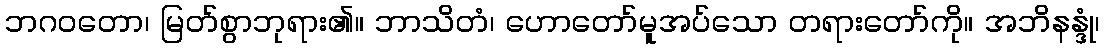
ဘဂဝတော၊ မြတ်စွာဘုရား၏။ ဘာသိတံ၊ ဟောတော်မူအပ်သော တရားတော်ကို။ အဘိနန္ဒုံ၊